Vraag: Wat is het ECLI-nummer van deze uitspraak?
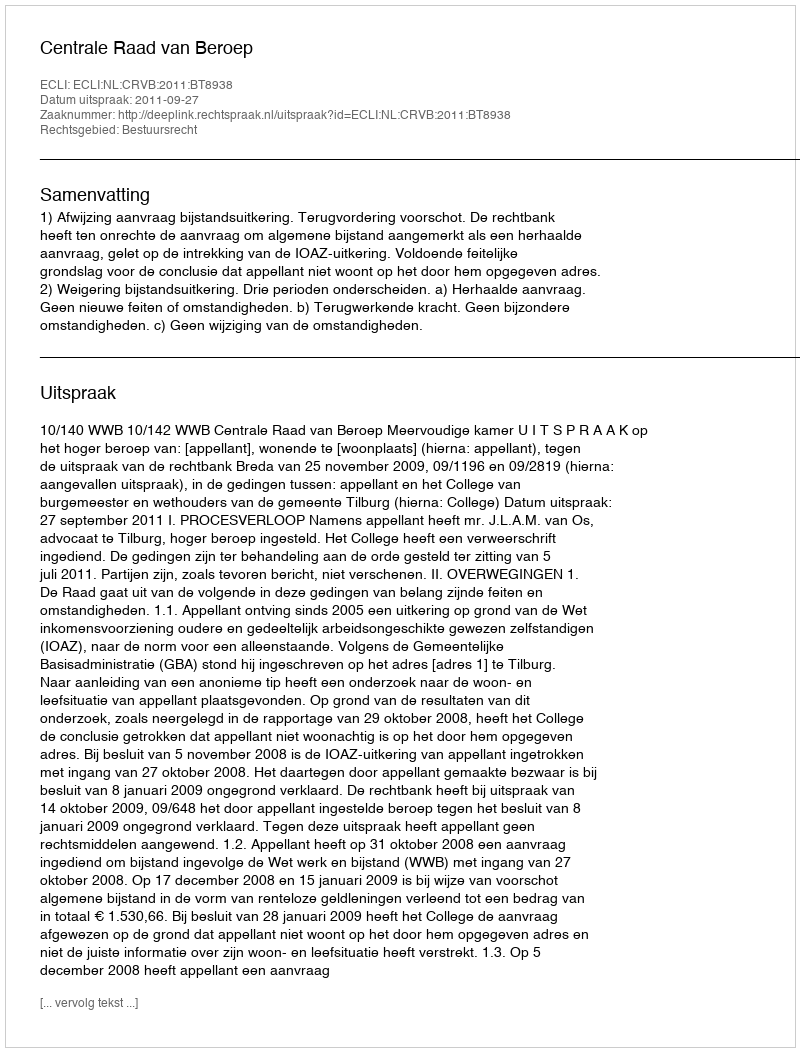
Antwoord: ECLI:NL:CRVB:2011:BT8938